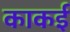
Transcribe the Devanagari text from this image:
काकई